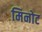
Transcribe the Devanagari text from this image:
मिनोट